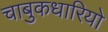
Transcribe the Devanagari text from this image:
चाबुकधारियो